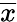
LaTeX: \overline{{x}}